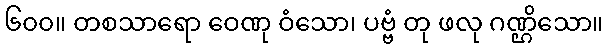
၆၀၀။ တစသာရော ဝေဏု ဝံသော၊ ပဗ္ဗံ တု ဖလု ဂဏ္ဌိသော။